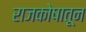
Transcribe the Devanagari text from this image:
राजकोषातून